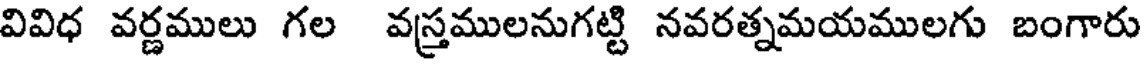
వివిధ వర్ణములు గల వస్తములనుగట్టి నవరత్నమయములగు బంగారు